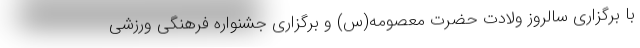
با برگزاری سالروز ولادت حضرت معصومه(س) و برگزاری جشنواره فرهنگی ورزشی